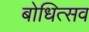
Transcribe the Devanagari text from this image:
बोधित्सव